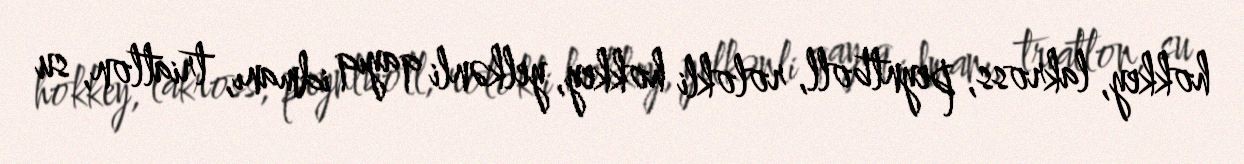
hokkey, lakross, peyntboll, rolokli hokkey, yelkənli qayıq idmanı, triatlon, su